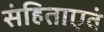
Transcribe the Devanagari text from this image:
संहिताएवं